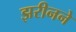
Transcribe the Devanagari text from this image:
झरीनने